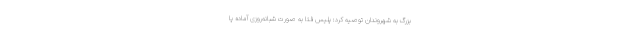
بزرگ به شهروندان توصیه کرد: پلیس فتا به‌ صورت شبانه‌روزی آماده پا